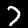
Digit: 7